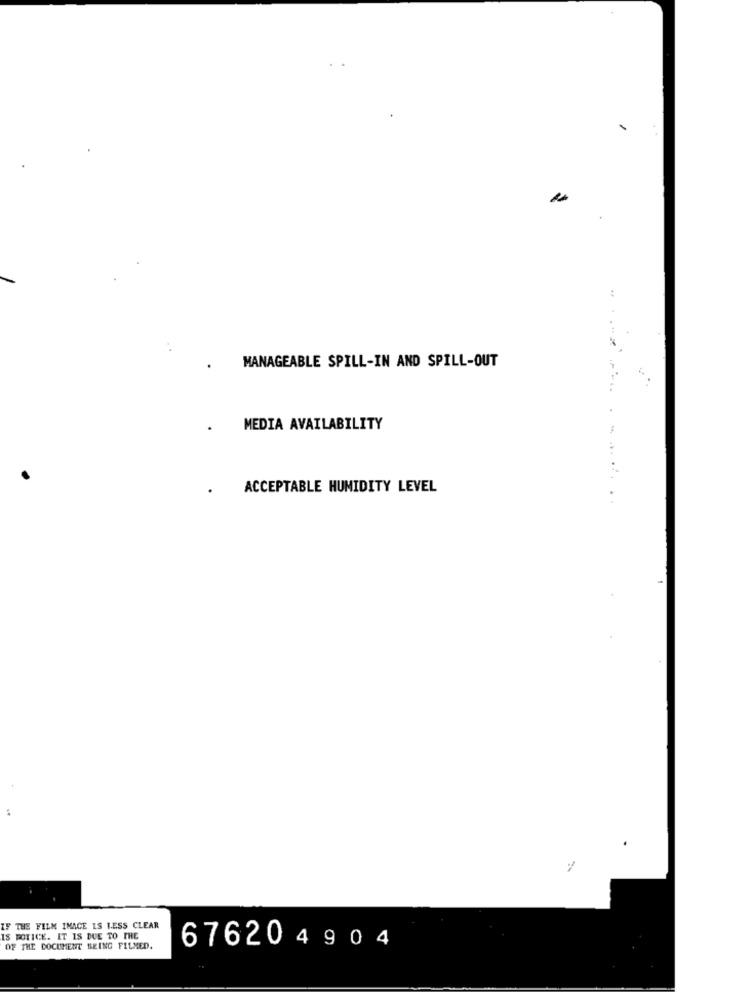
MANAGEABLE SPILL-IN AND SPILL-OUT
MEDIA AVAILABILITY
ACCEPTABLE HUMIDITY LEVEL
. .
IF THE FILM IMAGE IS LESS CLEAR
IS POTICE. IT IS DUE TO THE
OF THE DOCUMENT BEING FILMED.
676204904